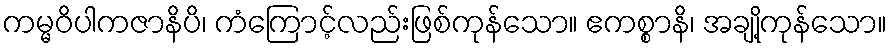
ကမ္မဝိပါကဇာနိပိ၊ ကံကြောင့်လည်းဖြစ်ကုန်သော။ ဧကစ္စာနိ၊ အချို့ကုန်သော။